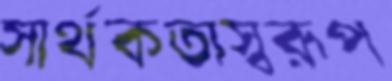
সার্থকতাস্বরূপ